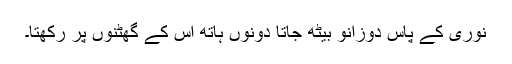
نوری کے پاس دوزانو بیٹھ جاتا دونوں ہاتھ اس کے گھٹنوں پر رکھتا۔